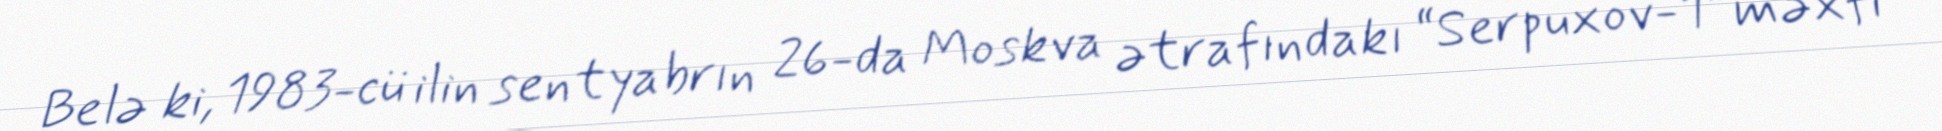
Belə ki, 1983-cü ilin sentyabrın 26-da Moskva ətrafındakı “Serpuxov-1” məxfi